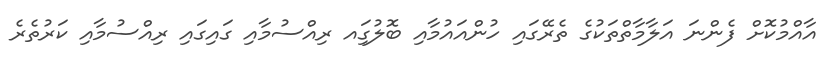
އާއްމުކޮށް ފެންނަ އަލާމާތްތަކުގެ ތެރޭގައި ހުންއައުމާއި ބޮލުގަިއ ރިއްސުމާއި ގައިގައި ރިއްސުމާއި ކަރުތެރެ